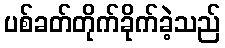
ပစ်ခတ်တိုက်ခိုက်ခဲ့သည်